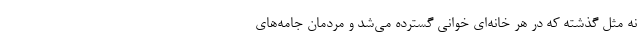
نه مثل گذشته که در هر خانه‌ای خوانی گسترده می‌شد و مردمان جامه‌های